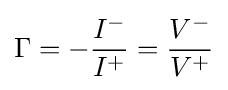
\Gamma =-{\frac {I^{-}}{I^{+}}}={\frac {V^{-}}{V^{+}}}